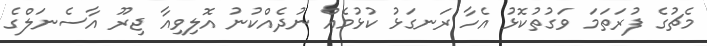
މެޗުގެ ފުރަތަމަ ވަގުތުކޮޅު އެހާ ރަނގަޅު ކުޅުމެއް ނުދެއްކުނު އޮލިވިއާ ޖިރޫ އާސެނަލްގެ